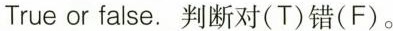
True or false.判断对(T)错(F).